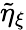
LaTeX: \tilde{\eta}_{\xi}